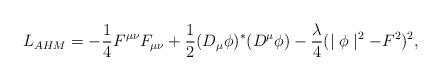
LaTeX: \begin{align*}L_{AHM}=-{1\over 4}F^{\mu\nu}F_{\mu\nu} + {1\over 2}(D_\mu \phi)^*(D^\mu \phi) - {\lambda\over 4}(\mid\phi\mid ^2 -F^2)^2, \end{align*}